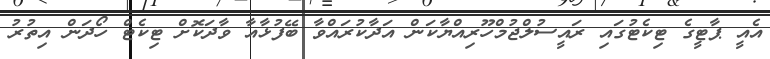
އެއީ ޕާޓީގެ ޓިކެޓުގައި ރައީސުލްޖުމްހޫރިއްޔާކަން އަދާކުރައްވާ ބޭފުޅާއާ ވާދަކޮށް ޓިކެޓް ހޯދަން އިތުރު